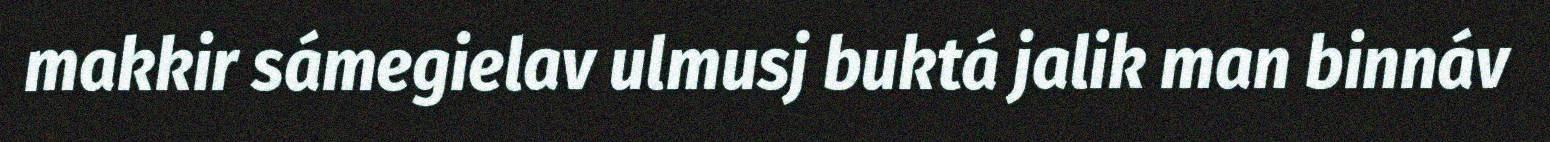
makkir sámegielav ulmusj buktá jalik man binnáv